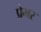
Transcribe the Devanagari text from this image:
प्रेभर